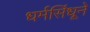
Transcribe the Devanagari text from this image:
धर्मसिंधूने